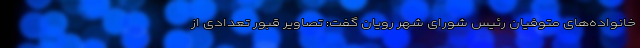
خانواده‌های متوفیان رئیس شورای شهر رویان گفت: تصاویر قبور تعدادی از